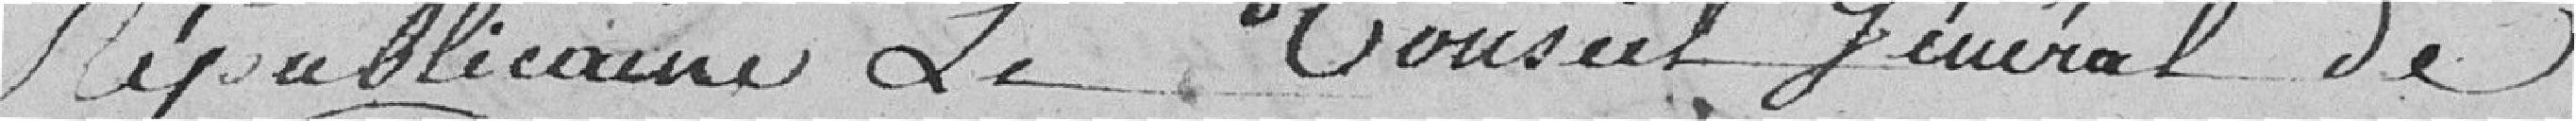
Républicaine, Le Conseil Général de